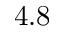
4 . 8